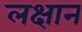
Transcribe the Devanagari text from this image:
लक्षान